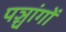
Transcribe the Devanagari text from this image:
पञ्चांगाें